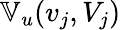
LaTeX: \mathbb{V}_{u}(v_{j},V_{j})